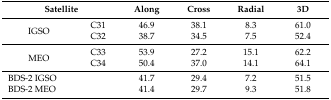
| <COLSPAN=2> Satellite | Along | Cross | Radial | 3D |
 | --- | --- | --- | --- | --- | --- |
 | <ROWSPAN=2> IGSO | C31 | 46.9 | 38.1 | 8.3 | 61.0 |
 | C32 | 38.7 | 34.5 | 7.5 | 52.4 |
 | <ROWSPAN=2> MEO | C33 | 53.9 | 27.2 | 15.1 | 62.2 |
 | C34 | 50.4 | 37.0 | 14.1 | 64.1 |
 | <COLSPAN=2> BDS-2 IGSO | 41.7 | 29.4 | 7.2 | 51.5 |
 | <COLSPAN=2> BDS-2 MEO | 41.4 | 29.7 | 9.3 | 51.8 |